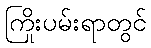
ကြိုးပမ်းရာတွင်